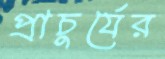
প্রাচুর্যের